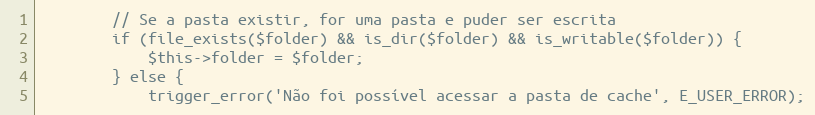
Language: PHP
        // Se a pasta existir, for uma pasta e puder ser escrita
        if (file_exists($folder) && is_dir($folder) && is_writable($folder)) {
            $this->folder = $folder;
        } else {
            trigger_error('Não foi possível acessar a pasta de cache', E_USER_ERROR);